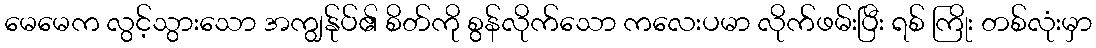
မေမေက လွင့်သွားသော အကျွန်ုပ်၏ စိတ်ကို စွန်လိုက်သော ကလေးပမာ လိုက်ဖမ်းပြီး ရစ် ကြိုး တစ်လုံးမှာ